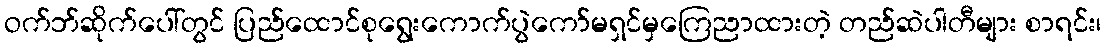
ဝက်ဘ်ဆိုက်ပေါ်တွင် ပြည်ထောင်စုရွေးကောက်ပွဲကော်မရှင်မှကြေညာထားတဲ့ တည်ဆဲပါတီများ စာရင်း၊